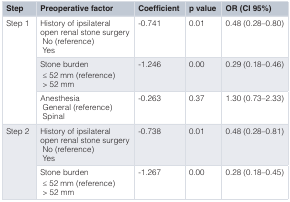
<table><thead><tr><td><b>Step</b></td><td><b>Preoperative factor</b></td><td><b>Coefficient</b></td><td><b>p value</b></td><td><b>OR (CI 95%)</b></td></tr></thead><tbody><tr><td rowspan="3">Step 1</td><td>History of ipsilateralopen renal stone surgery No (reference) Yes</td><td>-0.741</td><td>0.01</td><td>0.48 (0.28–0.80)</td></tr><tr><td>Stone burden ≤ 52 mm (reference) &gt; 52 mm</td><td>-1.246</td><td>0.00</td><td>0.29 (0.18–0.46)</td></tr><tr><td>Anesthesia General (reference) Spinal</td><td>-0.263</td><td>0.37</td><td>1.30 (0.73–2.33)</td></tr><tr><td rowspan="2">Step 2</td><td>History of ipsilateralopen renal stone surgery No (reference) Yes</td><td>-0.738</td><td>0.01</td><td>0.48 (0.28–0.81)</td></tr><tr><td>Stone burden ≤ 52 mm (reference) &gt; 52 mm</td><td>-1.267</td><td>0.00</td><td>0.28 (0.18–0.45)</td></tr></tbody></table>